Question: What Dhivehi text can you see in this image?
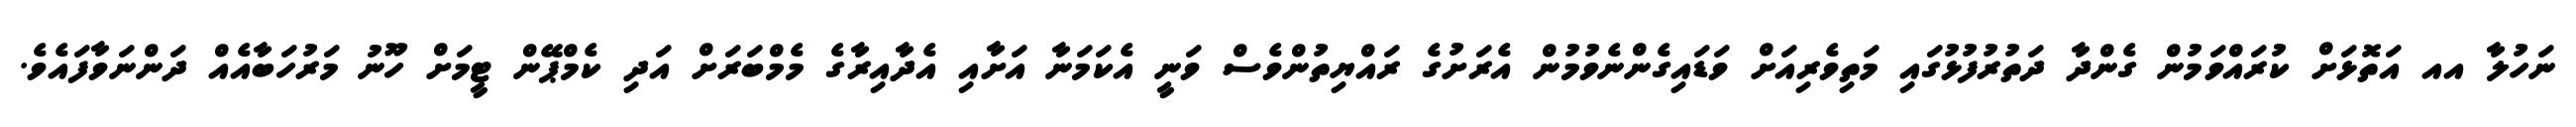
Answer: ނަހުލާ އއ އަތޮޅަށް ކުރައްވަމުން ގެންދާ ދަތުރުފުޅުގައި މަތިވެރިއަށް ވަޑައިގެންނެވުމުން އެރަށުގެ ރައްޔިތުންވެސް ވަނީ އެކަމަނާ އަށާއި އެދާއިރާގެ މެމްބަރަށް އަދި ކެމްޕޭން ޓީމަށް ހޫނު މަރުހަބާއެއް ދަންނަވާފައެވެ.